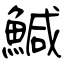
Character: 鰔